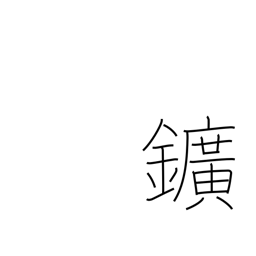
Meaning: ore